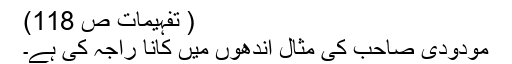
( تفہیمات ص 118)
مودودی صاحب کی مثال اندھوں میں کانا راجہ کی ہے۔